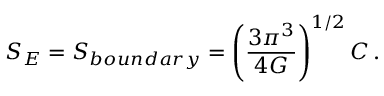
S _ { E } = S _ { b o u n d a r y } = \left( { \frac { 3 \pi ^ { 3 } } { 4 G } } \right) ^ { 1 / 2 } C \, .